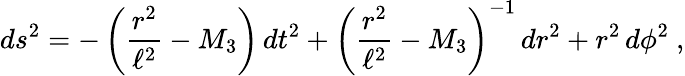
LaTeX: ds^{2}=-\left({\frac{r^{2}}{\ell^{2}}}-M_{3}\right)\, dt^{2}+\left({\frac{r^{2}}{\ell^{2}}}-M_{3}\right)^{-1}\, dr^{2}+r^{2}\, d\phi^{2}\ ,